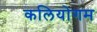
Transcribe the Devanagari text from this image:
कलियोगम